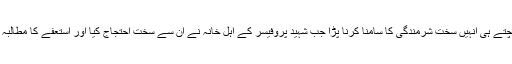
وہاں پہنچتے ہی انہیں سخت شرمندگی کا سامنا کرنا پڑا جب شہید پروفیسر کے اہل خانہ نے ان سے سخت احتجاج کیا اور استعفے کا مطالبہ رکھ دیا۔